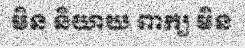
មិន និយាយ ពាក្យ មិន